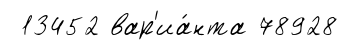
13452 вар'иа́нта 78928